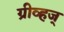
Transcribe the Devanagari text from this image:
ग्रीव्हज्